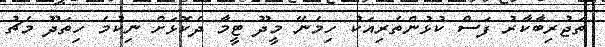
ތަޖުރިބާކާރު ފަސް ކުޅުންތެރިއަކު ހިމެނޭ މީދޫ ޓީމާ ދެކޮޅަށް ނިކުމެ ހިތަދޫ މެޗު